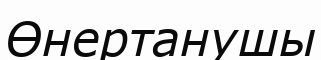
Өнертанушы